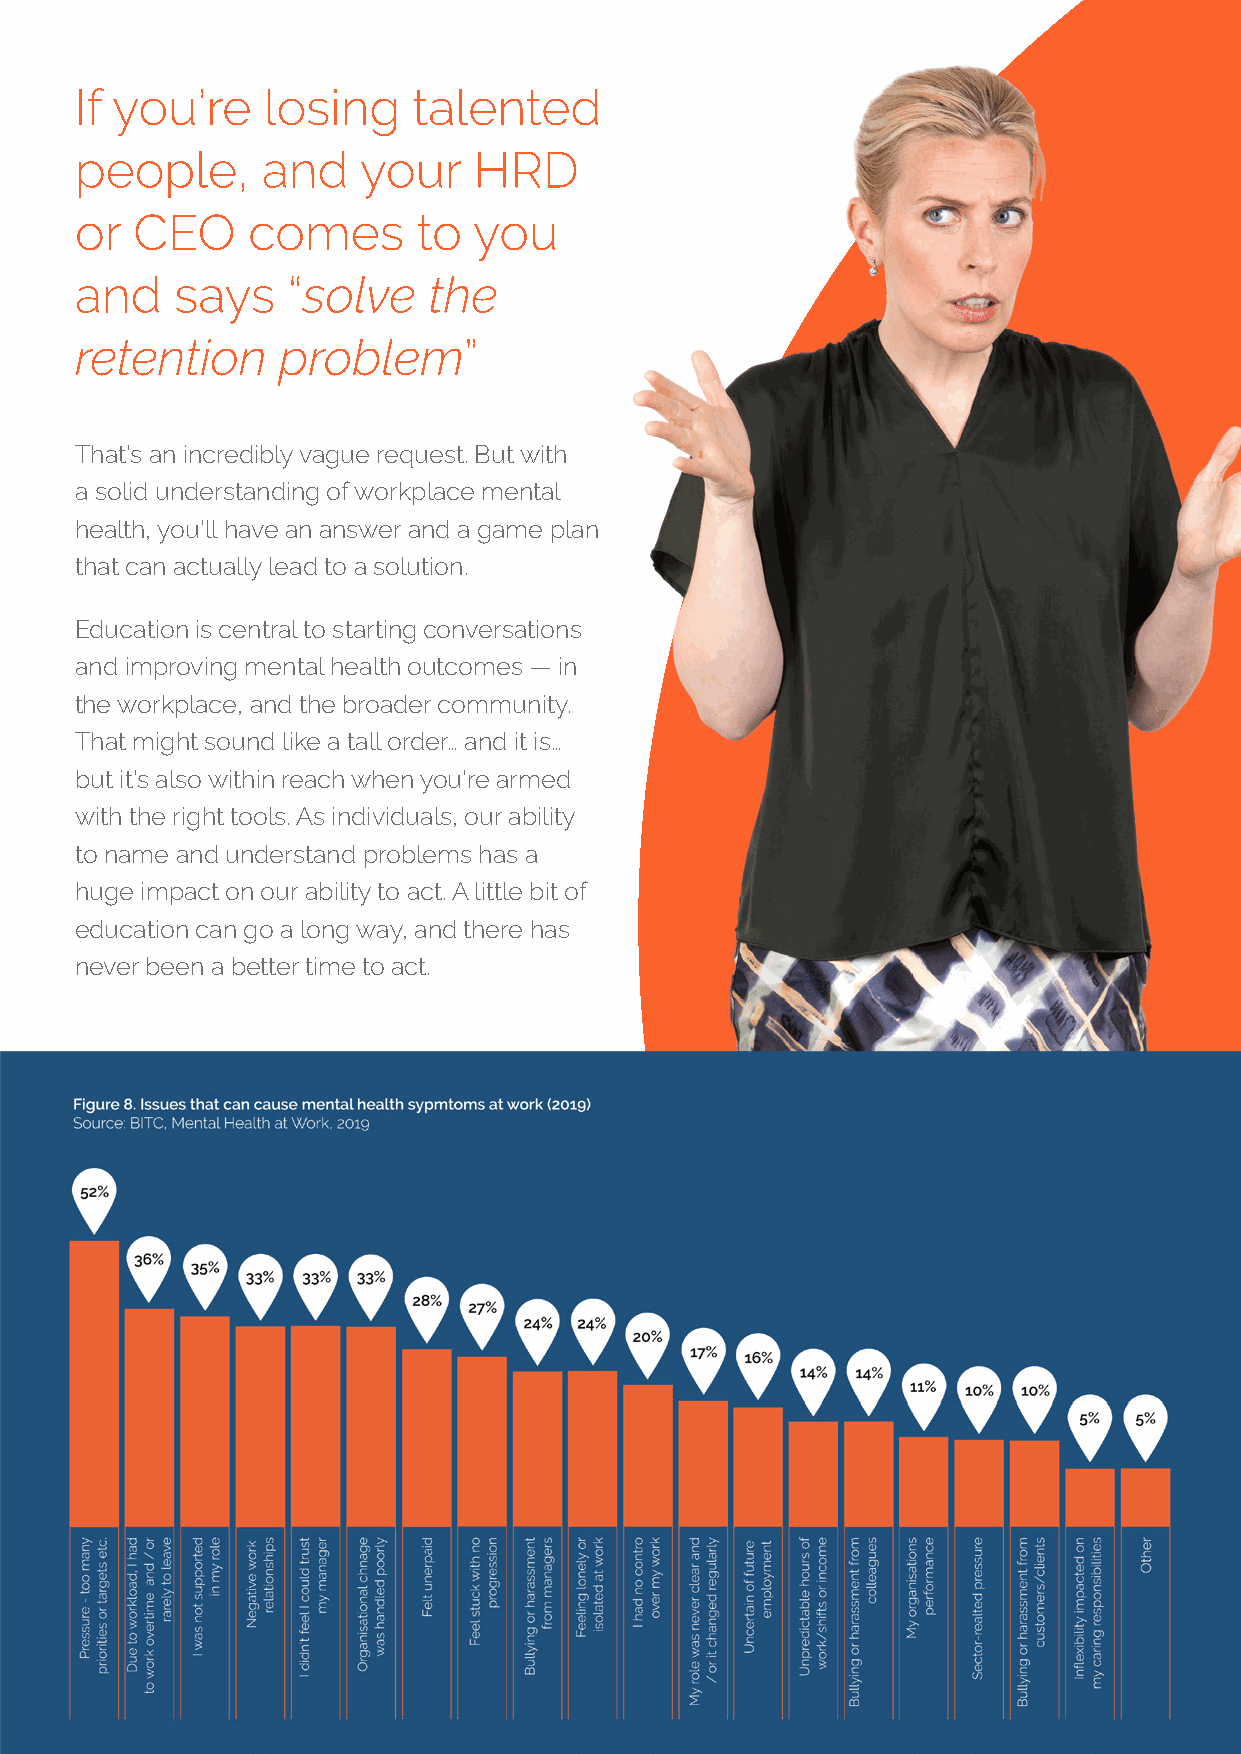
If you’re   losing    talented
 people,     and    your   HRD
 or  CEO    comes       to you
 and    says   “solve   the
 retention    problem”
 That’s an incredibly vague request. But with
 a solid understanding of workplace mental
 health, you’ll have an answer and a game plan
 that can actually lead to a solution.
 Education is central to starting conversations
 and improving mental health outcomes — in
 the workplace, and the broader community.
 That might sound like a tall order… and it is…
 but it’s also within reach when you’re armed
 with the right tools. As individuals, our ability
 to name and understand problems has a
 huge impact on our ability to act. A little bit of
 education can go a long way, and there has
 never been a better time to act.
 6